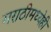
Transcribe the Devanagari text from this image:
मराठीमध्येही